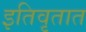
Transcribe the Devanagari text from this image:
इतिवृतात